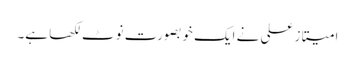
امیتاز علی نے ایک خوبصورت نوٹ لکھا ہے۔